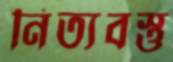
নিত্যবস্তু